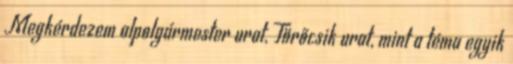
Megkérdezem alpolgármester urat, Törőcsik urat, mint a téma egyik